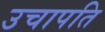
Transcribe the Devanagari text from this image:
उचापति